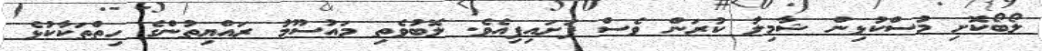
ލޯބޯކޮށި މުސްކުޅިން ޝާމިލު ކުރަން ވެސް ފަށައިފިއެވެ. ލޮބުވެތި މައުސޫމު ރައްޔިތުންގެ ހިތްތަކާކުޅެ